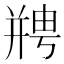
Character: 𫷘